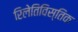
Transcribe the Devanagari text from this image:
रिलेतिविस्तिक